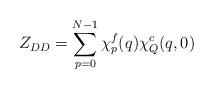
LaTeX: \begin{align*}Z_{DD}=\sum_{p=0}^{N-1}\chi^f_p(q)\chi^c_Q(q ,0)\end{align*}